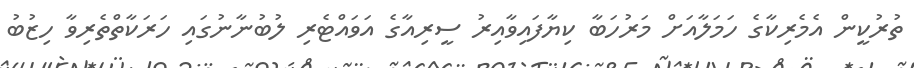
ތުރުކީން އެމެރިކާގެ ހަމަލާއަށް މަރުހަބާ ކިޔާފައިވާއިރު ސީރިއާގެ އަވައްޓެރި ލުބުނާނުގައި ހަރަކާތްތެރިިވާ ހިޒުބު